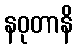
နဝုတာနိ